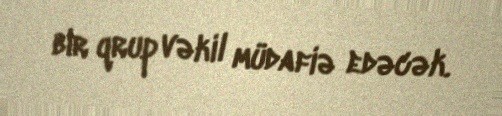
bir qrup vəkil müdafiə edəcək.